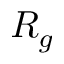
R _ { g }